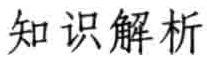
知识解析